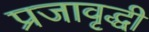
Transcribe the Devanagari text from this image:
प्रजावृद्धी